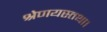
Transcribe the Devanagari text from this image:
श्रेणयस्तथा।